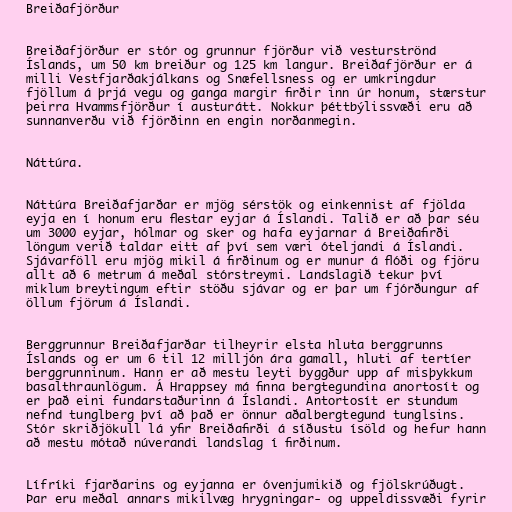
Breiðafjörður

Breiðafjörður er stór og grunnur fjörður við vesturströnd
Íslands, um 50 km breiður og 125 km langur. Breiðafjörður er á
milli Vestfjarðakjálkans og Snæfellsness og er umkringdur
fjöllum á þrjá vegu og ganga margir firðir inn úr honum, stærstur
þeirra Hvammsfjörður í austurátt. Nokkur þéttbýlissvæði eru að
sunnanverðu við fjörðinn en engin norðanmegin.

Náttúra.

Náttúra Breiðafjarðar er mjög sérstök og einkennist af fjölda
eyja en í honum eru flestar eyjar á Íslandi. Talið er að þar séu
um 3000 eyjar, hólmar og sker og hafa eyjarnar á Breiðafirði
löngum verið taldar eitt af því sem væri óteljandi á Íslandi.
Sjávarföll eru mjög mikil á firðinum og er munur á flóði og fjöru
allt að 6 metrum á meðal stórstreymi. Landslagið tekur því
miklum breytingum eftir stöðu sjávar og er þar um fjórðungur af
öllum fjörum á Íslandi.

Berggrunnur Breiðafjarðar tilheyrir elsta hluta berggrunns
Íslands og er um 6 til 12 milljón ára gamall, hluti af tertíer
berggrunninum. Hann er að mestu leyti byggður upp af misþykkum
basalthraunlögum. Á Hrappsey má finna bergtegundina anortosít og
er það eini fundarstaðurinn á Íslandi. Antortosít er stundum
nefnd tunglberg því að það er önnur aðalbergtegund tunglsins.
Stór skriðjökull lá yfir Breiðafirði á síðustu ísöld og hefur hann
að mestu mótað núverandi landslag í firðinum.

Lífríki fjarðarins og eyjanna er óvenjumikið og fjölskrúðugt.
Þar eru meðal annars mikilvæg hrygningar- og uppeldissvæði fyrir